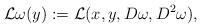
LaTeX: \begin{align*} \mathcal{L}\omega(y) := \mathcal{L}(x,y,D\omega,D^{2}\omega) ,\end{align*}